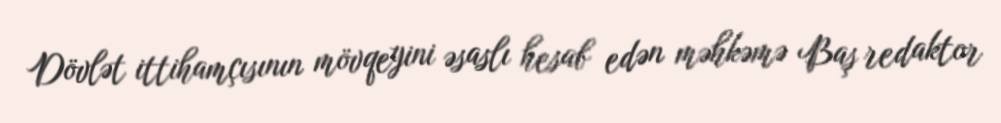
Dövlət ittihamçısının mövqeyini əsaslı hesab edən məhkəmə Baş redaktor